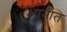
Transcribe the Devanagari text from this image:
आनीत